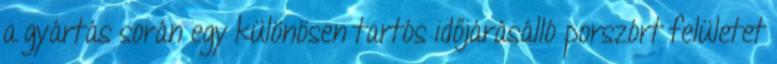
a gyártás során egy különösen tartós időjárásálló porszórt felületet